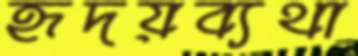
হৃদয়ব্যথা